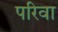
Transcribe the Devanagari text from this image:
परिवा